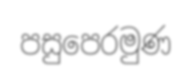
පසුපෙරමුණ